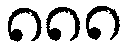
၈၈၈